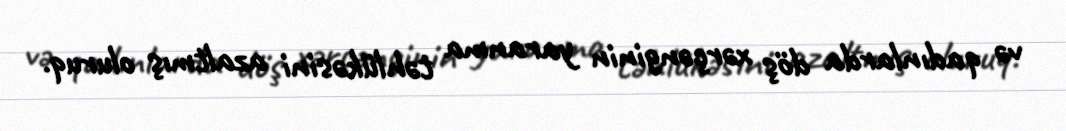
və qadınlarda döş xərçənginin yaranma təhlükəsini azaltmış oluruq.